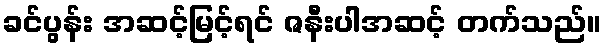
ခင်ပွန်း အဆင့်မြင့်ရင် ဇနီးပါအဆင့် တက်သည်။